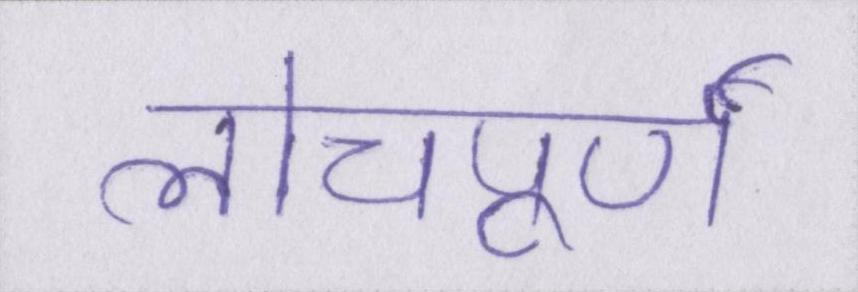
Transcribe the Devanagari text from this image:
लोचपूर्ण